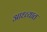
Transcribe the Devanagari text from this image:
आध्व्यात